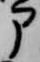
部